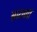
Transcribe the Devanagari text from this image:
ब्रायना